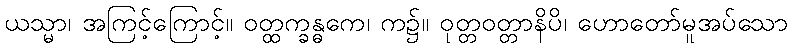
ယသ္မာ၊ အကြင့်ကြောင့်။ ဝတ္ထက္ခန္ဓကေ၊ က၌။ ဝုတ္တဝတ္တာနိပိ၊ ဟောတော်မူအပ်သော